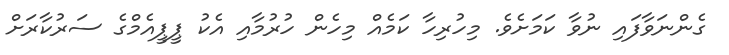
ގެންނަވާފައި ނުވާ ކަމަށެވެ. މިހުރިހާ ކަމެއް މިހެން ހުރުމާއި އެކު ޕީޕީއެމްގެ ސަރުކާރަށް